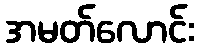
အမတ်လောင်း